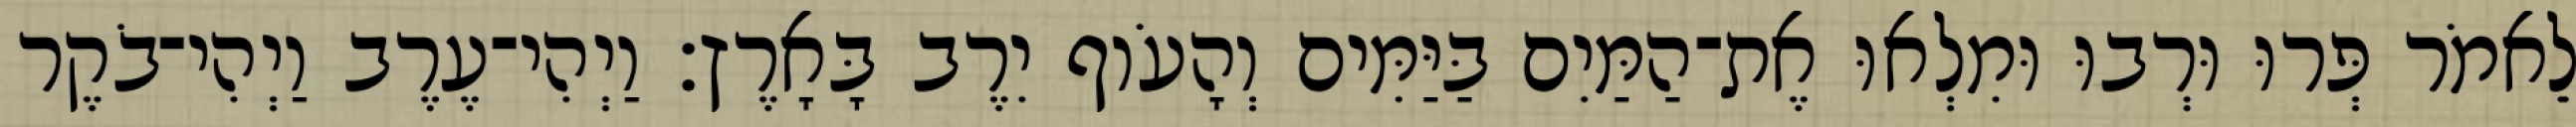
לֵאמֹר פְּרוּ וּרְבוּ וּמִלְאוּ אֶת־הַמַּיִם בַּיַּמִּים וְהָעֹוף יִרֶב בָּאָרֶץ׃ וַיְהִי־עֶרֶב וַיְהִי־בֹקֶר